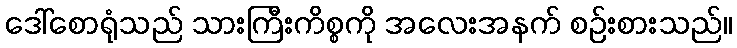
ဒေါ်စောရုံသည် သားကြီးကိစ္စကို အလေးအနက် စဉ်းစားသည်။